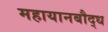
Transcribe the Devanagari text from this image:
महायानबौद्ध